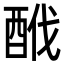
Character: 䣹